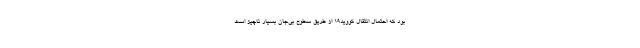
بود که احتمال انتقال کووید۱۹ از طریق سطوح‌ بی‌جان بسیار ناچیز است